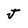
Character: J